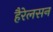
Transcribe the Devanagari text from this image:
हैरेलसन